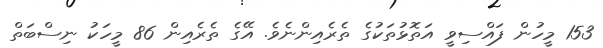
153 މީހުން ފައްސިވީ އަތޮޅުތަކުގެ ތެރެއިންނެވެ. އޭގެ ތެރެއިން 86 މީހަކު ނިސްބަތް